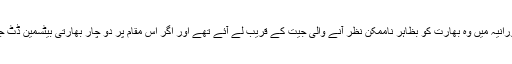
مرلی وجے کے ساتھ کھیل کے آخری دورانیہ میں وہ بھارت کو بظاہر ناممکن نظر آنے والی جیت کے قریب لے آئے تھے اور اگر اس مقام پر دو چار بھارتی بیٹسمین ڈٹ جاتے، تو شاید میچ کا نتیجہ کچھ اور ہوتا۔